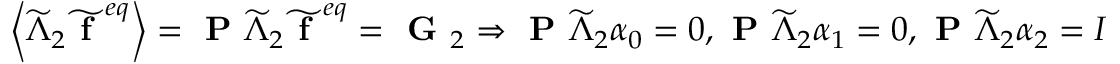
\left\langle \widetilde { \Lambda } _ { 2 } \widetilde { \textbf { f } } ^ { e q } \right\rangle = \textbf { P } \widetilde { \Lambda } _ { 2 } \widetilde { \textbf { f } } ^ { e q } = \textbf { G } _ { 2 } \Rightarrow \textbf { P } \widetilde { \Lambda } _ { 2 } \boldsymbol { \alpha } _ { 0 } = 0 , \textbf { P } \widetilde { \Lambda } _ { 2 } \boldsymbol { \alpha } _ { 1 } = 0 , \textbf { P } \widetilde { \Lambda } _ { 2 } \boldsymbol { \alpha } _ { 2 } = I